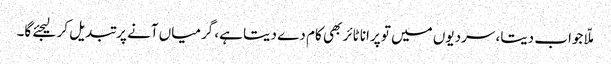
ملّا جواب دیتا، سردیوں میں تو پرانا ٹائر بھی کام دے دیتا ہے، گرمیاں آنے پر تبدیل کر لیجئے گا۔